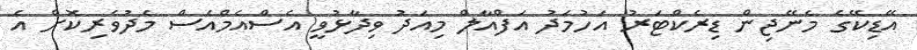
އޭޑިކޭގެ މެނޭޖިން ޑިރެކްޓަރު އަހުމަދު އަފްއާލް މިއަދު ވިދާޅުވީ އެސްއެމްއެސް މެދުވެރިކޮށް އެ